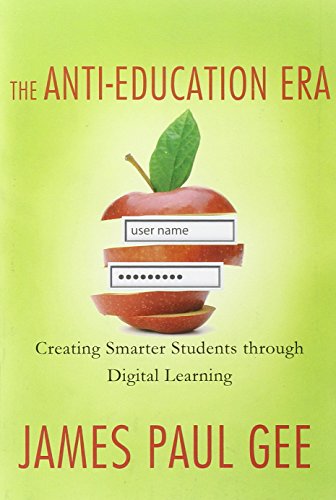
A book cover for The Anti-Education Era: Creating Smarter Students through Digital Learning; James Paul Gee; Education & Teaching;